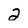
Character: 2